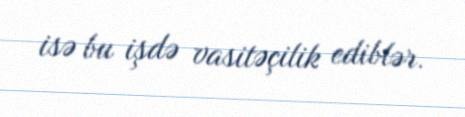
isə bu işdə vasitəçilik ediblər.